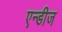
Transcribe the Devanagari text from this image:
एन्डीज